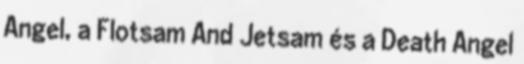
Angel, a Flotsam And Jetsam és a Death Angel